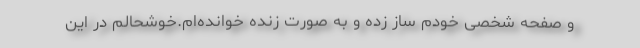
و صفحه شخصی خودم ساز زده‌ و به صورت زنده خوانده‌ام.خوشحالم در این